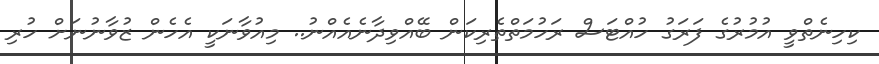
ކިހިނެތްވީ އުމުރުގެ ފަރަގު ހުއްޓަސް ރަހުމަތްތެރިކަން ބޭއްވިދާނެއެއްނު.. މިއުވާނަކީ އެހެން ޒުވާނުނަށް ހުރި